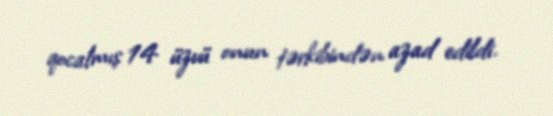
qocalmış 14 üzvü onun tərkibindən azad edildi.